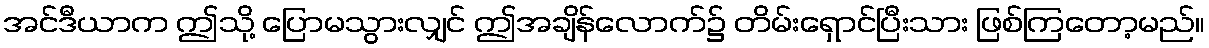
အင်ဒီယာက ဤသို့ ပြောမသွားလျှင် ဤအချိန်လောက်၌ တိမ်းရှောင်ပြီးသား ဖြစ်ကြတော့မည်။